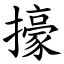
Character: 㩝